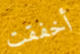
أخفقت